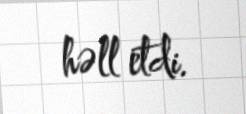
həll etdi.